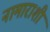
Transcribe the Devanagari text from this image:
नामाराशी